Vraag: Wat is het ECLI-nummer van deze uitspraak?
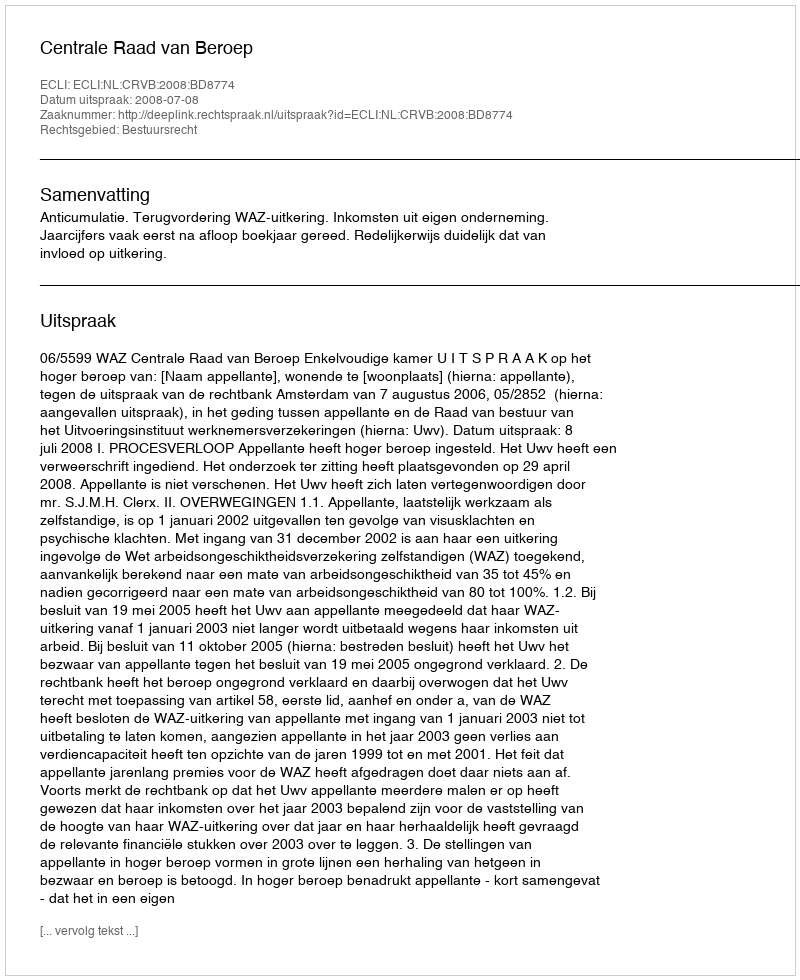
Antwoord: ECLI:NL:CRVB:2008:BD8774